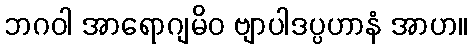
ဘဂဝါ အာရောဂျမိဝ ဗျာပါဒပ္ပဟာနံ အာဟ။